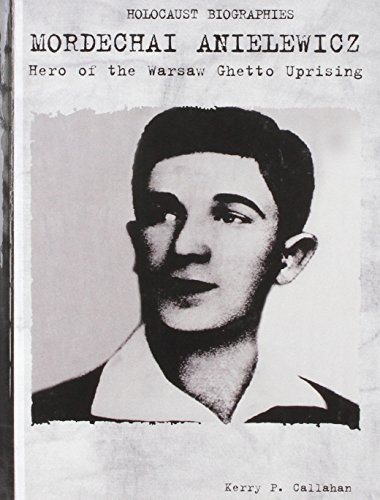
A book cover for Mordechai Anielewicz: Hero of the Warsaw Ghetto Uprising (Holocaust Biographies); Kerry P. Callahan; Teen & Young Adult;